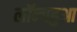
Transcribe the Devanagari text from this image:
लॉन्गहुआ